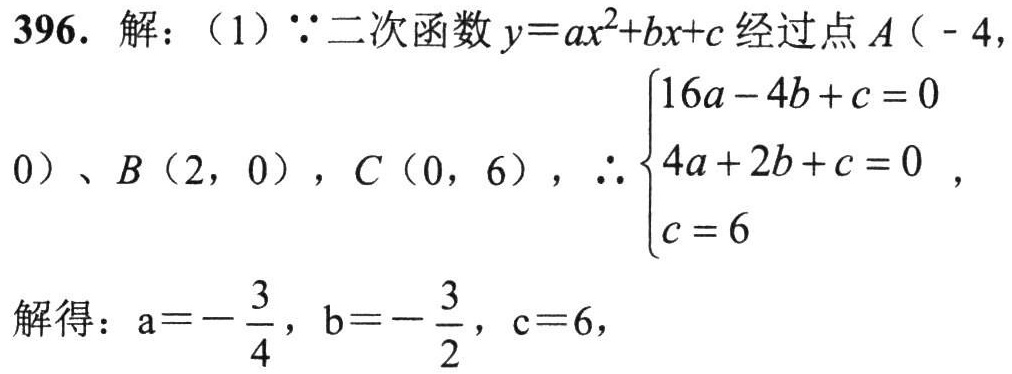
396. 解：（1）\(\because\)二次函数\(y = ax^{2}+bx + c\)经过点\(A(-4,0)\)、\(B(2,0)\)，\(C(0,6)\)，\(\therefore\begin{cases}16a - 4b + c = 0 \\ 4a + 2b + c = 0 \\ c = 6\end{cases}\)，
解得：\(a = -\frac{3}{4}\)，\(b = -\frac{3}{2}\)，\(c = 6\)，